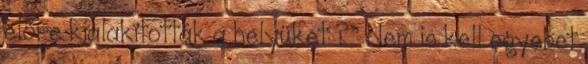
előre kialakították a helyüket ?” Nem is kell egyebet